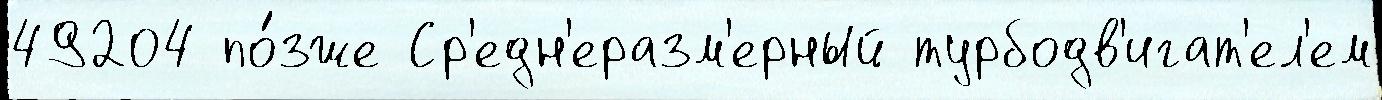
49204 по́зже Ср'едн'еразм'ерный турбодв'игат'ел'ем